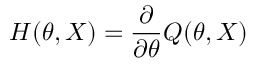
H ( \theta , X ) = { \frac { \partial } { \partial \theta } } Q ( \theta , X )